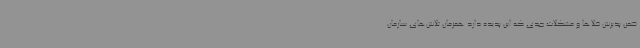
ضمن پذیرش خلاها و مشکلات جدی که این پدیده دارد همزمان تلاش‌های سازمان